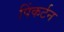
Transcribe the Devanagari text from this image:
पिंकर्टन